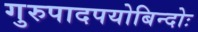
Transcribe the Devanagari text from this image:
गुरुपादपयोबिन्दोः